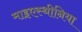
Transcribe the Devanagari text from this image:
माइएस्थीनिया